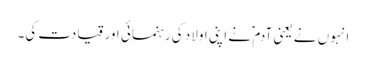
انہوں نے یعنی آدم ؑ نے اپنی اولاد کی رہنمائی اور قیادت کی۔